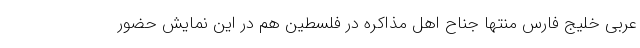
عربی خلیج فارس منتها جناح اهل مذاکره در فلسطین هم در این نمایش حضور